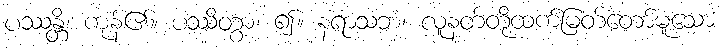
ပဿန္တိ၊ ကုန်၏။ ပဿိတွာ၊ ၍။ နရာသဘံ၊ လူနတ်တို့ထက်မြတ်တော်မူသော